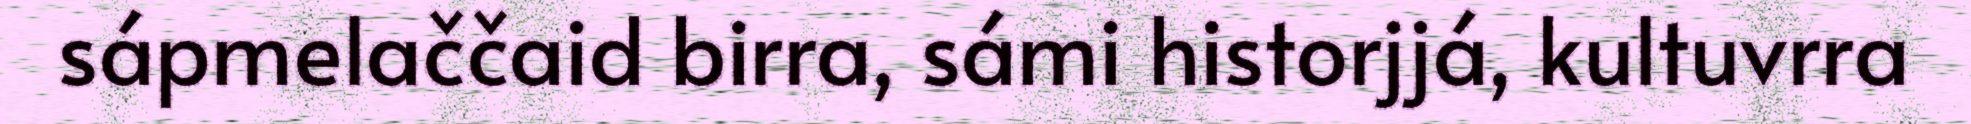
sápmelaččaid birra, sámi historjjá, kultuvrra